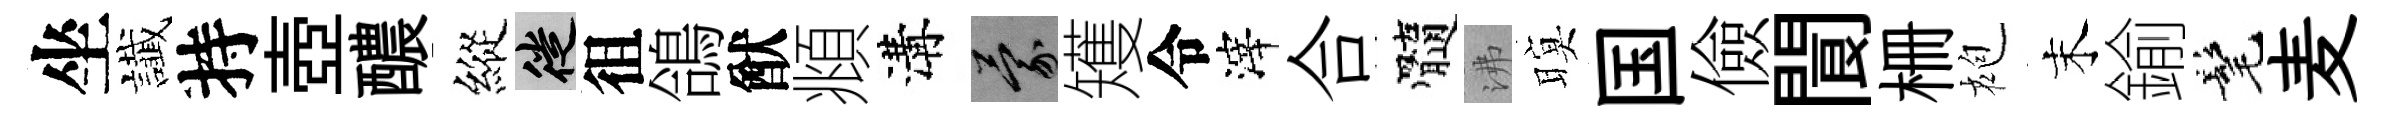
坐䜟持壺醲縱徙徂鴿猷頫溝蒙矱令滓合髓沸暝国儉閬栅袍末鍮髦麦